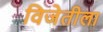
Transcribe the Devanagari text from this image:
विजेतीला